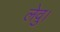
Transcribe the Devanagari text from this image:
लेवु।